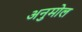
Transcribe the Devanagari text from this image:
अनुमोल